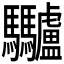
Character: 𩧥